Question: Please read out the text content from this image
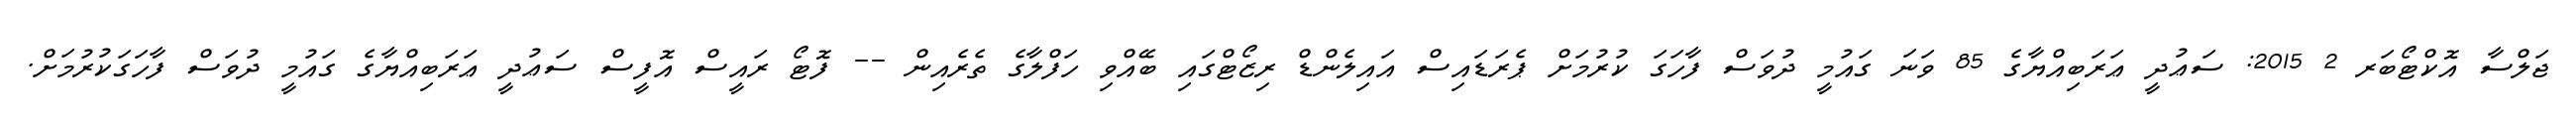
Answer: ޖަލްސާ އޮކްޓޯބަރ 2 2015: ސަޢުދީ ޢަރަބިއްޔާގެ 85 ވަނަ ގައުމީ ދުވަސް ފާހަގަ ކުރުމަށް ޕެރަޑައިސް އައިލެންޑް ރިޒޯޓްގައި ބޭއްވި ހަފްލާގެ ތެރެއިން -- ފޮޓޯ ރައީސް އޮފީސް ސަޢުދީ ޢަރަބިއްޔާގެ ގައުމީ ދުވަސް ފާހަގަކުރުމަށް.